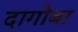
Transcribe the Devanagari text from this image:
दागोबा